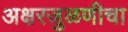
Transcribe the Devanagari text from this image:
अक्षरजुळणीचा